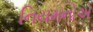
નિયમનોએ